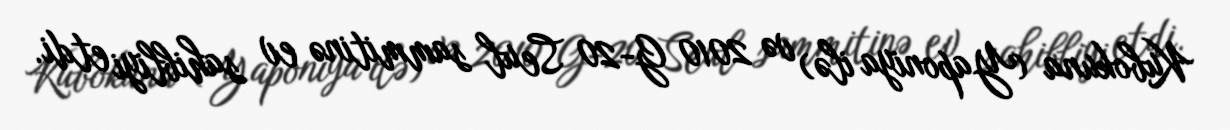
Kubokuna (Yaponiya ilə) və 2010 G-20 Seul sammitinə ev sahibliyi etdi.